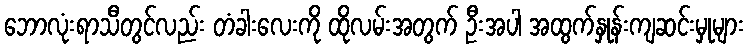
ဘောလုံးရာသီတွင်လည်း တံခါးလေးကို ထိုလမ်းအတွက် ဦးအပါ အထွက်နှုန်းကျဆင်းမှုများ